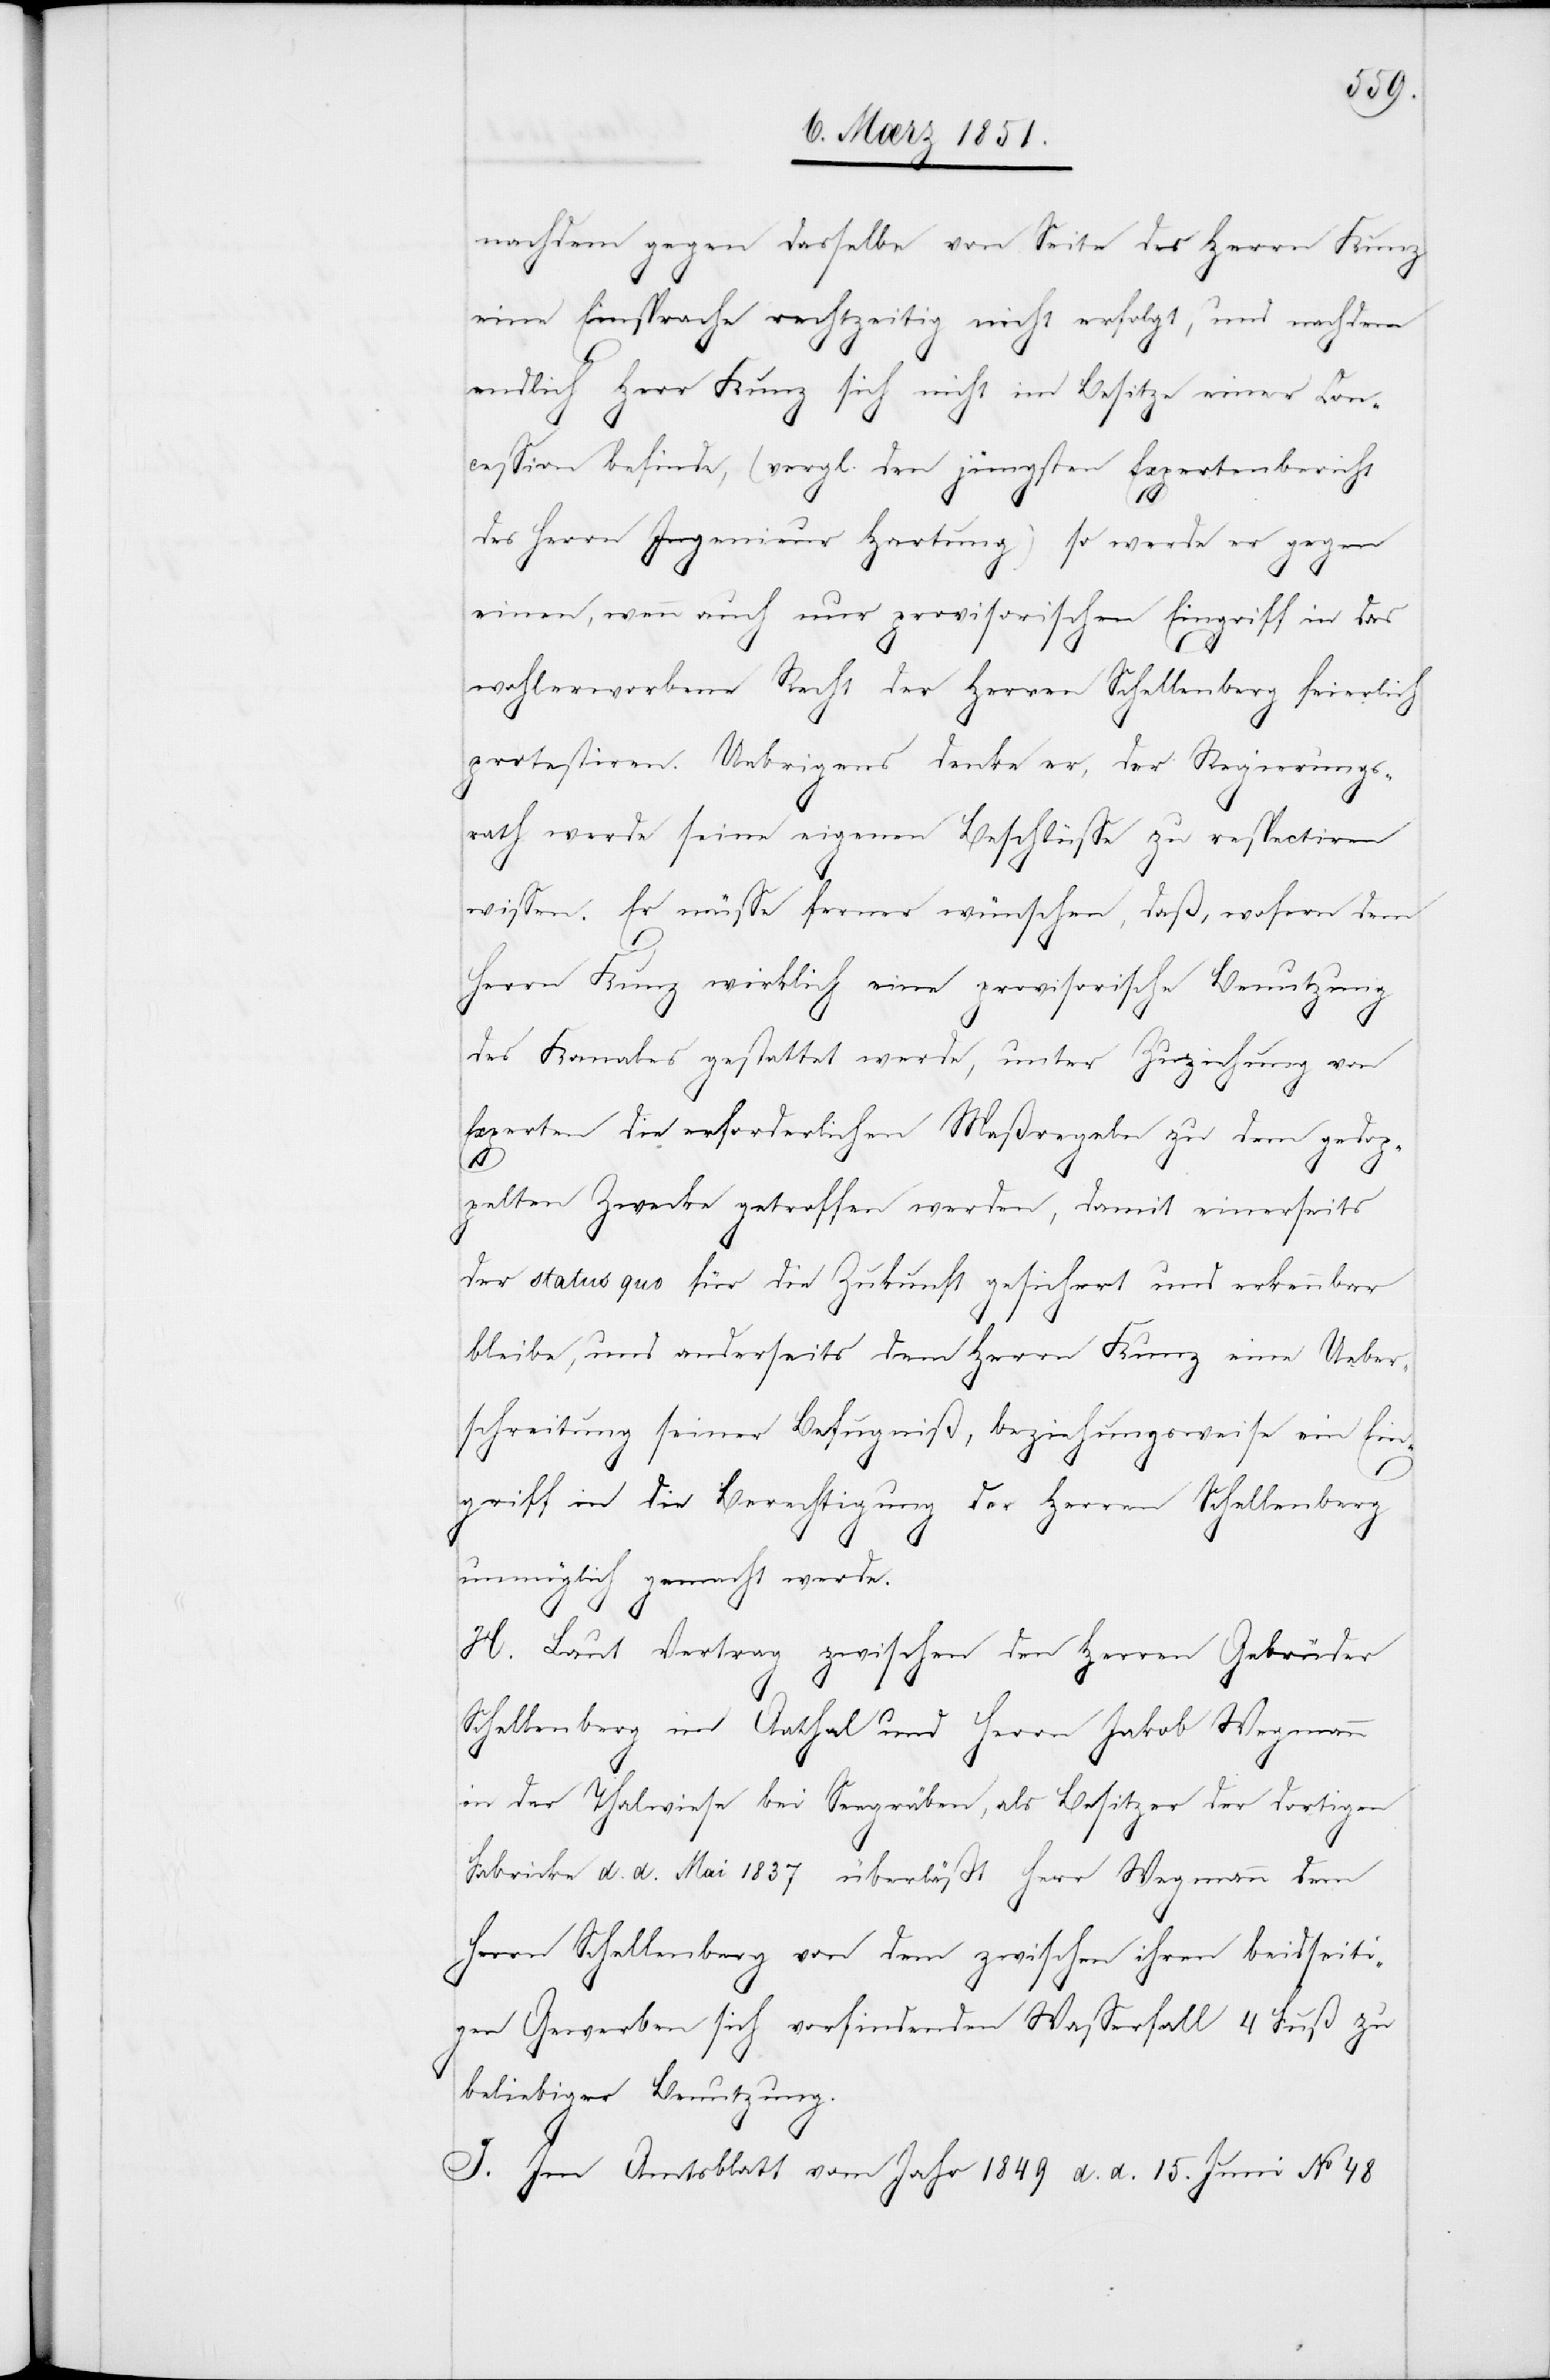
nachdem gegen dasselbe von Seite des Herrn Kunz
eine Einsprache rechtzeitig nicht erfolgt, und nachdem
endlich Herr Kunz sich nicht im Besitze einer Con¬
cession befinde, (vergl. den jüngsten Expertenbericht
des Herrn Ingenieur Hartung) so werde er gegen
einen, wenn auch nur provisorischen Eingriff in das
wohlerworbene Recht der Herren Schellenberg feierlich
protestiren. Uebrigens denke er, der Regierungs¬
rath werde seine eigenen Beschlüsse zu respectiren
wissen. Er müsse ferner wünschen, daß, wofern dem
Herrn Kunz wirklich eine provisorische Benutzung
des Kanales gestattet werde, unter Zuziehung von
Experten die erforderlichen Maßregeln zu dem gedop¬
pelten Zwecke getroffen werden, damit einerseits
der status quo für die Zukunft gesichert und erkennbar
bleibe, und anderseits dem Herrn Kunz eine Ueber¬
schreitung seiner Befugniß, beziehungsweise ein Ein¬
griff in die Berechtigung der Herren Schellenberg
unmöglich gemacht werde.
H. Laut Vertrag zwischen den Herren Gebrüder
Schellenberg im Aathal und Herrn Jakob Wegmann
in der Thalwiese bei Seegräben, als Besitzer der dortigen
Fabricke d. d. Mai 1837 überläßt Herr Wegmann dem
Herrn Schellenberg von dem zwischen ihren beidseiti¬
gen Gewerben sich vorfindenden Wasserfall 4 Fuß zu
beliebiger Benutzung.
I. Im Amtsblatt vom Jahr 1849 d. d. 15. Juni No 48